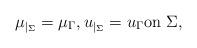
LaTeX: \begin{align*}\mu _{|_\Sigma } = \mu _\Gamma, u_{|_\Sigma } =u_\Gamma \mbox{on } \Sigma, \end{align*}